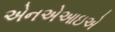
એનએઆઇએ